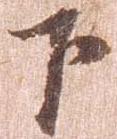
下